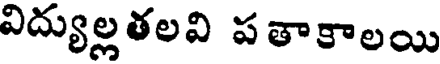
విద్యుల్లతలవి పతాకాలయి